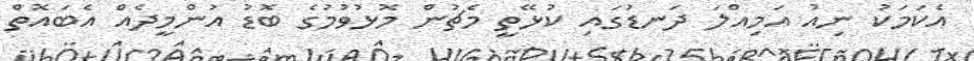
އެކަމަކު ނިއު އަމިއްލަ ދަނޑުގައި ކުޅޭތީ މެޗުން މޮޅުވުމުގެ ބޮޑު އުންމީދެއް އެބައޮތް